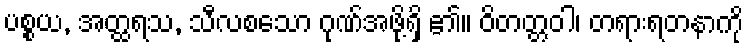
ပစ္စယ, အတ္ထရသ, သီလစသော ဂုဏ်အဖို့ရှိ ၏။ ဝိတတ္တဝါ၊ တရားရတနာကို